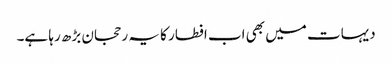
دیہات میں بھی اب افطار کا یہ رحجان بڑھ رہا ہے۔